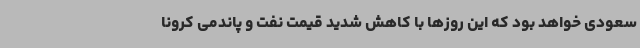
سعودی خواهد بود که این روزها با کاهش شدید قیمت نفت و پاندمی کرونا